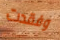
وفقدت